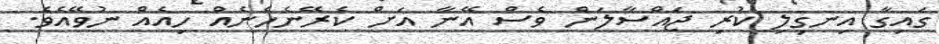
ގައިގާ އިނގިލި ކުރި ޖައްސާލަން ވެސް އޭނާ އަށް ކެރޭނެހެނެއް ހިއެއް ނުވޭއެވެ.